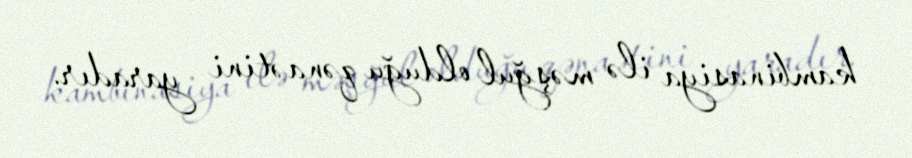
kambinasiya ilə məşğul olduğu qənaətini yaradır.